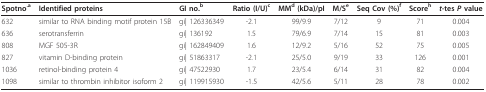
<table><thead><tr><td><b>Spotno<sup>.a</sup></b></td><td><b>Identified proteins</b></td><td><b>GI no.<sup>b</sup></b></td><td><b>Ratio (I/U)<sup>c</sup></b></td><td><b>MM<sup>d </sup>(kDa)/pI</b></td><td><b>M/S<sup>e</sup></b></td><td><b>Seq Cov (%)<sup>f</sup></b></td><td><b>Score<sup>h</sup></b></td><td><b><i>t-</i>tes <i>P </i>value</b></td></tr></thead><tbody><tr><td>632</td><td>similar to RNA binding motif protein 15B</td><td>gi| 126336349</td><td>-2.1</td><td>99/9.9</td><td>7/12</td><td>9</td><td>71</td><td>0.004</td></tr><tr><td>636</td><td>serotransferrin</td><td>gi| 136192</td><td>1.5</td><td>79/6.9</td><td>7/14</td><td>15</td><td>81</td><td>0.003</td></tr><tr><td>808</td><td>MGF 505-3R</td><td>gi| 162849409</td><td>1.6</td><td>12/9.2</td><td>5/16</td><td>52</td><td>75</td><td>0.005</td></tr><tr><td>827</td><td>vitamin D-binding protein</td><td>gi| 51863317</td><td>-2.1</td><td>25/5.0</td><td>9/19</td><td>33</td><td>126</td><td>0.001</td></tr><tr><td>1036</td><td>retinol-binding protein 4</td><td>gi| 47522930</td><td>1.7</td><td>23/5.4</td><td>6/14</td><td>31</td><td>82</td><td>0.004</td></tr><tr><td>1098</td><td>similar to thrombin inhibitor isoform 2</td><td>gi| 119915930</td><td>-1.5</td><td>42/5.6</td><td>5/11</td><td>28</td><td>78</td><td>0.002</td></tr></tbody></table>